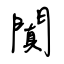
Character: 闐